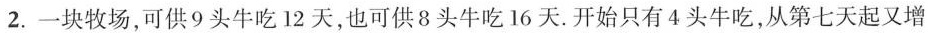
2.一块牧场，可供9头牛吃12天，也可供8头牛吃16天。开始只有4头牛吃，从第七天起又增